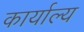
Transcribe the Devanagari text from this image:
कार्याल्य